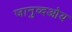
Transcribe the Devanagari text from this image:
जानुव्दओय